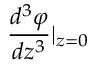
{ \frac { d ^ { 3 } \varphi } { d z ^ { 3 } } } | _ { z = 0 }